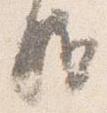
駈